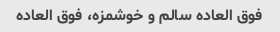
فوق العاده سالم و خوشمزه، فوق العاده